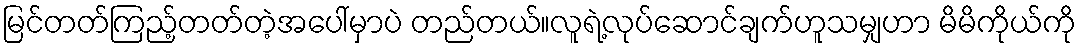
မြင်တတ်ကြည့်တတ်တဲ့အပေါ်မှာပဲ တည်တယ်။လူရဲ့လုပ်ဆောင်ချက်ဟူသမျှဟာ မိမိကိုယ်ကို